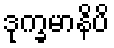
ဒုက္ခမာနိပိ